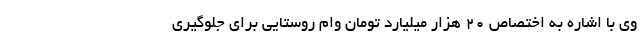
وی با اشاره به اختصاص ۲۰ هزار میلیارد تومان وام روستایی برای جلوگیری